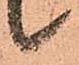
候